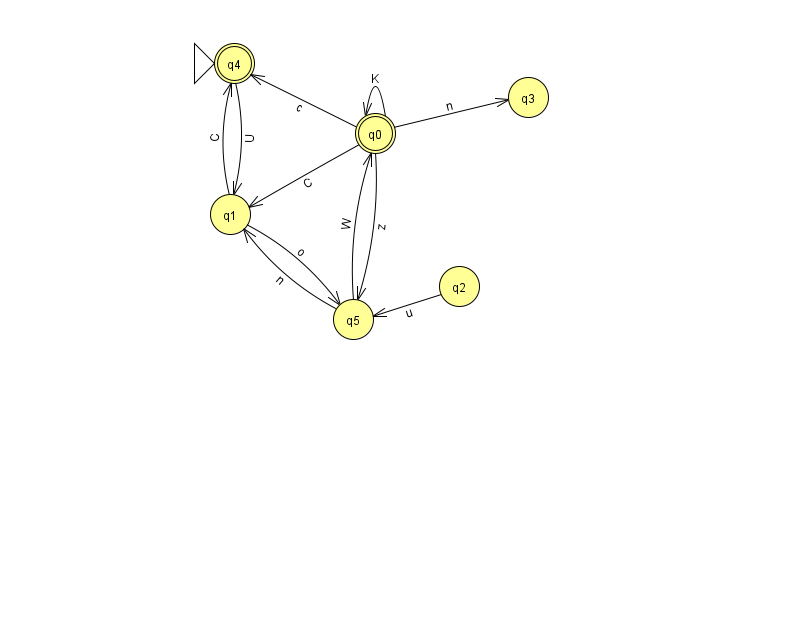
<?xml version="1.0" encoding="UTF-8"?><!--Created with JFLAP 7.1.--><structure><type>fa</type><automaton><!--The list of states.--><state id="0" name="q0"><x>375.0</x><y>120.0</y><final/></state><state id="1" name="q1"><x>230.0</x><y>201.0</y></state><state id="2" name="q2"><x>459.0</x><y>273.0</y></state><state id="3" name="q3"><x>528.0</x><y>84.0</y></state><state id="4" name="q4"><x>234.0</x><y>50.0</y><initial/><final/></state><state id="5" name="q5"><x>353.0</x><y>306.0</y></state><!--The list of transitions.--><transition><from>2</from><to>5</to><read>u</read></transition><transition><from>1</from><to>4</to><read>C</read></transition><transition><from>0</from><to>3</to><read>n</read></transition><transition><from>0</from><to>5</to><read>z</read></transition><transition><from>4</from><to>1</to><read>U</read></transition><transition><from>0</from><to>4</to><read>c</read></transition><transition><from>5</from><to>0</to><read>W</read></transition><transition><from>5</from><to>1</to><read>n</read></transition><transition><from>1</from><to>5</to><read>o</read></transition><transition><from>0</from><to>1</to><read>C</read></transition><transition><from>0</from><to>0</to><read>K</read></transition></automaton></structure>